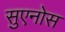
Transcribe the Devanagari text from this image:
सुएनोस